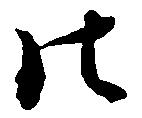
法